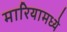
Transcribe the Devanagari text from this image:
मारियामध्ये